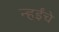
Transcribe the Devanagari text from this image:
न्हईंचे